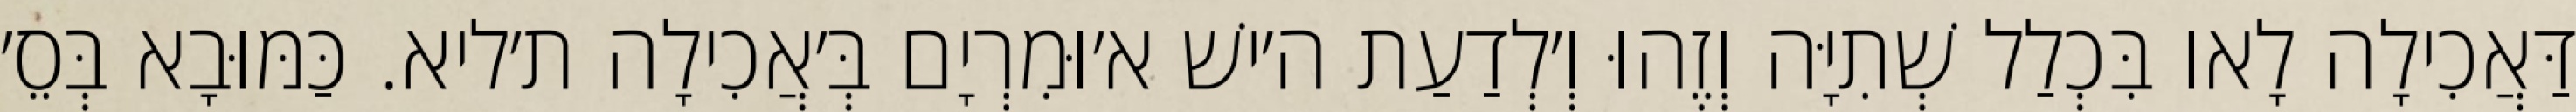
דַּאֲכִילָה לָאו בִּכְלַל שְׁתִיָּה וְזֶהוּ וְ׳לְדַעַת ה׳ישׁ א׳וּמִרְיָם בְּ׳אֲכִילָה ת׳ליא. כַּמּוּבָא בְּסֵ׳